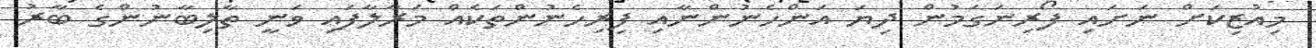
މިއުޒިކަށް ނަށައި ފޯރިނަގަމުން ދިޔަ އަންހެނުންނާއި ފިރިހެނުންތަކެއް މަރާލާފައި ވަނީ ތާލިބާނުންގެ ބާރު